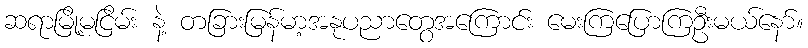
ဆရာမြို့မငြိမ်း နဲ့ တခြားမြန်မာ့အနုပညာတွေအကြောင်း မေးကြပြောကြဦးမယ်နော်။